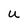
Character: U